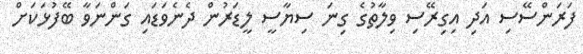
ފަރަންސޭސި އަދި އިގިރޭސި ވިލާތުގެ ގިނަ ސިޔާސީ ލީޑަރުން ދެނެވަޑައި ގަންނަވާ ބޭފުޅަކަށް